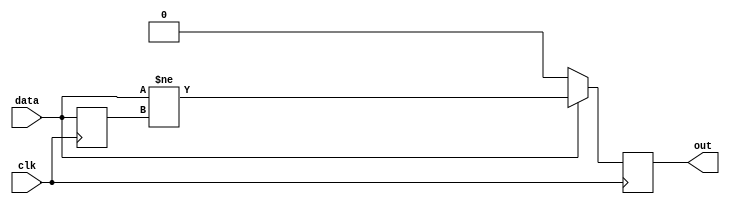
module key_sync(output reg out, input clk, input data);
	reg old = 0;
	
	always @(posedge clk)
	begin
		out <= data ? data != old : 0;
		old <= data;
	end
endmodule